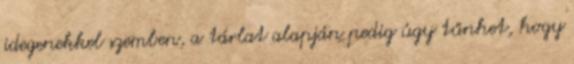
idegenekkel szemben, a tárlat alapján pedig úgy tűnhet, hogy